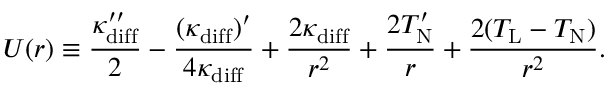
U ( r ) \equiv \frac { \kappa _ { \mathrm { d i f f } } ^ { \prime \prime } } { 2 } - \frac { ( \kappa _ { \mathrm { d i f f } } ) ^ { \prime } } { 4 \kappa _ { \mathrm { d i f f } } } + \frac { 2 \kappa _ { \mathrm { d i f f } } } { r ^ { 2 } } + \frac { 2 T _ { \mathrm { N } } ^ { \prime } } { r } + \frac { 2 ( T _ { \mathrm { L } } - T _ { \mathrm { N } } ) } { r ^ { 2 } } .